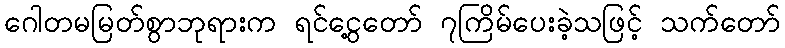
ဂေါတမမြတ်စွာဘုရားက ရင်ငွေ့တော် ၇ကြိမ်ပေးခဲ့သဖြင့် သက်တော်